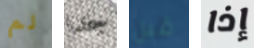
لم جدا قبل إذا